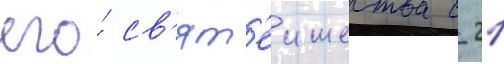
его́ св'ят'еишества с 21